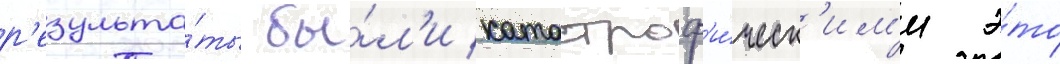
р'езульта́ты бы́л'и катастроф'и́ческ'им'и э́то